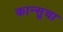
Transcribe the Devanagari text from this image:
कान्सूचा